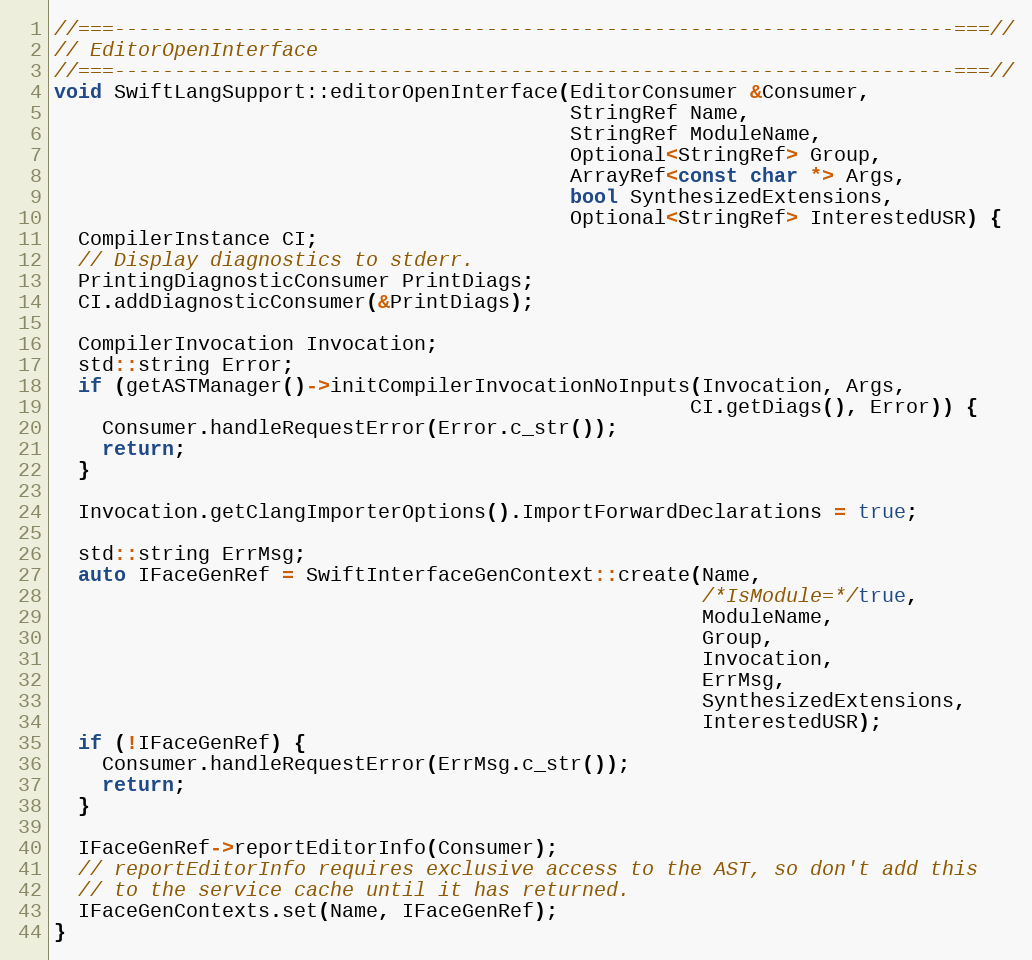
Language: C++
//===----------------------------------------------------------------------===//
// EditorOpenInterface
//===----------------------------------------------------------------------===//
void SwiftLangSupport::editorOpenInterface(EditorConsumer &Consumer,
                                           StringRef Name,
                                           StringRef ModuleName,
                                           Optional<StringRef> Group,
                                           ArrayRef<const char *> Args,
                                           bool SynthesizedExtensions,
                                           Optional<StringRef> InterestedUSR) {
  CompilerInstance CI;
  // Display diagnostics to stderr.
  PrintingDiagnosticConsumer PrintDiags;
  CI.addDiagnosticConsumer(&PrintDiags);

  CompilerInvocation Invocation;
  std::string Error;
  if (getASTManager()->initCompilerInvocationNoInputs(Invocation, Args,
                                                     CI.getDiags(), Error)) {
    Consumer.handleRequestError(Error.c_str());
    return;
  }

  Invocation.getClangImporterOptions().ImportForwardDeclarations = true;

  std::string ErrMsg;
  auto IFaceGenRef = SwiftInterfaceGenContext::create(Name,
                                                      /*IsModule=*/true,
                                                      ModuleName,
                                                      Group,
                                                      Invocation,
                                                      ErrMsg,
                                                      SynthesizedExtensions,
                                                      InterestedUSR);
  if (!IFaceGenRef) {
    Consumer.handleRequestError(ErrMsg.c_str());
    return;
  }

  IFaceGenRef->reportEditorInfo(Consumer);
  // reportEditorInfo requires exclusive access to the AST, so don't add this
  // to the service cache until it has returned.
  IFaceGenContexts.set(Name, IFaceGenRef);
}